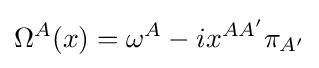
\Omega ^{A}(x)=\omega ^{A}-ix^{AA'}\pi _{A'}